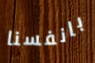
بانفسنا